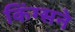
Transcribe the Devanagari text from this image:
किंग्सने